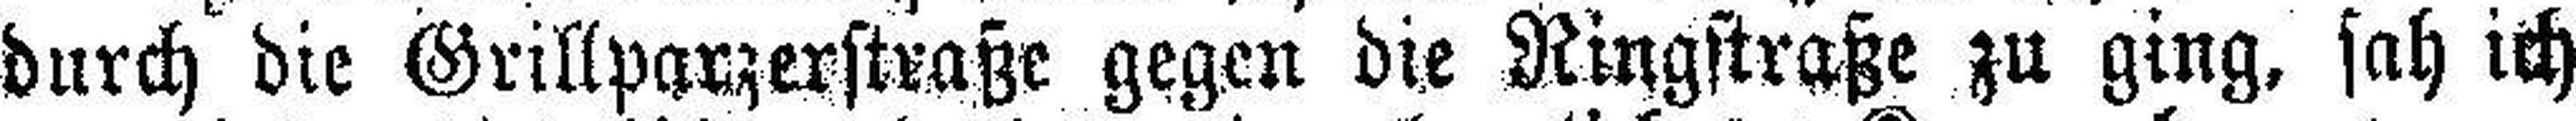
durch die Grillparzerstraße gegen die Ringstraße zu ging, sah ich